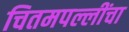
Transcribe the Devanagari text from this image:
चितमपल्लींचा